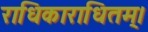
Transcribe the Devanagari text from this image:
राधिकाराधितम्।